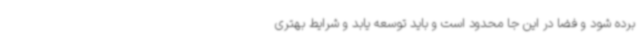
برده شود و فضا در این جا محدود است و باید توسعه یابد و شرایط بهتری